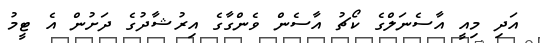
އަދި މިއީ އާސެނަލްގެ ކޯޗު އާސެން ވެންގާގެ އިރުޝާދުގެ ދަށުން އެ ޓީމު